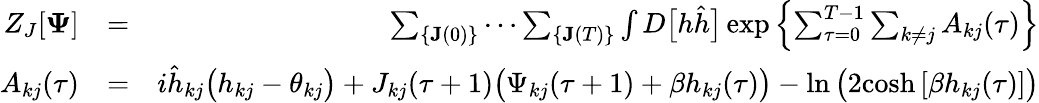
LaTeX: \begin{array}{rlr}{Z_{J}[\mathbf{\Psi}]}&{=}&{\sum_{\{ \mathbf{J}(0)\} }\cdots\sum_{\{ \mathbf{J}(T)\} }\int D\big[h\hat{h}\big]\exp\left\{ \sum_{\tau=0}^{T-1}\sum_{k\neq j}A_{kj}(\tau)\right\} }\\ {A_{kj}(\tau)}&{=}&{i\hat{h}_{kj}\big(h_{kj}-\theta_{kj}\big)+J_{kj}(\tau+1)\big(\Psi_{kj}(\tau+1)+\beta h_{kj}(\tau)\big)-\ln\big(2\mathrm{cosh}\, [\beta h_{kj}(\tau)]\big)}\end{array}